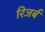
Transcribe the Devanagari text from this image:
रिजर्ब